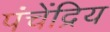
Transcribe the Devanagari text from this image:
पंचेंद्रिय